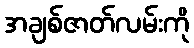
အချစ်ဇာတ်လမ်းကို